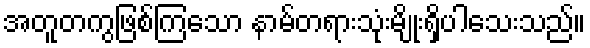
အတူတကွဖြစ်ကြသော နာမ်တရားသုံးမျိုးရှိပါသေးသည်။